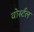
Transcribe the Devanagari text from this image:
वोर्स्टल